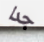
جدا